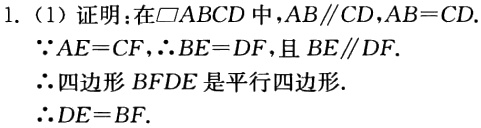
1. (1) 证明：在$\square ABCD$中，$AB\parallel CD$，$AB = CD$.
$\because AE = CF$，$\therefore BE = DF$，且$BE\parallel DF$.
$\therefore$四边形$BFDE$是平行四边形.
$\therefore DE = BF$.